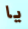
يا